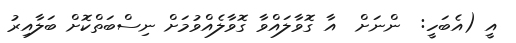
އީ (އެބަހީ:  ންނަށް  އާ ގޮވާލައްވާ ގޮވާލެއްވުމަށް ނިސްބަތްކޮށް ބަލާއިރު